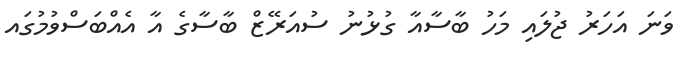
ވަނަ އަހަރު ޖުލައި މަހު ބާސާއާ ގުޅުނު ސުއަރޭޒް ބާސާގެ އާ އެއްބަސްވުމުގައ